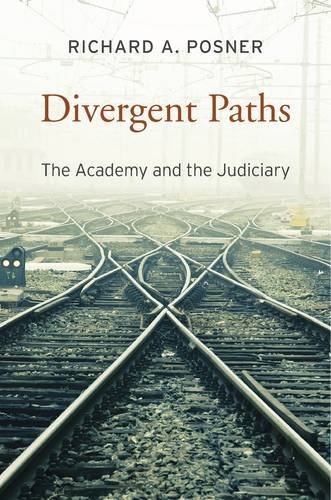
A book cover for Divergent Paths: The Academy and the Judiciary; Richard A. Posner; Law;